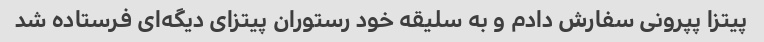
پیتزا پپرونی سفارش دادم و به سلیقه خود رستوران پیتزای دیگه‌ای فرستاده شد